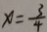
x = \frac { 3 } { 4 }